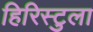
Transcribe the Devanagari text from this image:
हिरिस्टुला